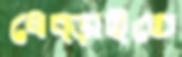
ধেব্‌ড়াইতে